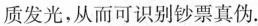
质发光，从而可识别钞票真伪.